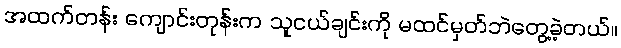
အထက်တန်း ကျောင်းတုန်းက သူငယ်ချင်းကို မထင်မှတ်ဘဲတွေ့ခဲ့တယ်။